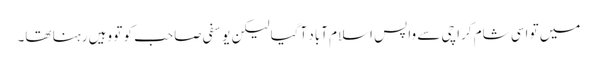
میں تو اسی شام کراچی سے واپس اسلام آباد آگیا لیکن یوسفی صاحب کو تو وہیں رہنا تھا۔